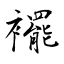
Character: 襬